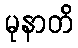
မုနာတိ